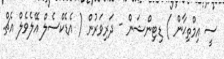
ސީ އިމްތިޙާން ) ޑިޓިންޝަން - ދަރިވަރުން ( އެޑެކްސެލް އޭލެވެލް އެޗް.